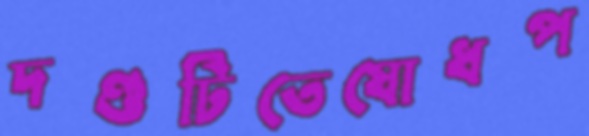
দণ্ডটিতেযোধপ